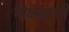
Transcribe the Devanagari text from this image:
मोक्षप्राप्‍ती